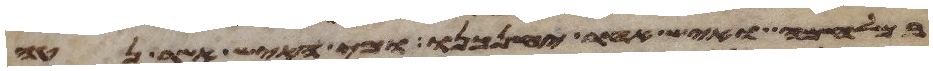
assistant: במלחמה ואיש אחר יחנכנו ומי האיש אשר נטע